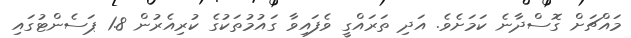
މައްޗަށް ގޮސްދާނެ ކަމަށެވެ. އަދި ތަރައްގީ ވެފައިވާ ގައުމުތަކުގެ ކުރިއެރުން 1.8 ޕަސެންޓުގައި